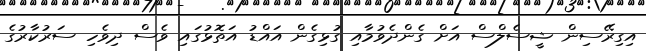
އިގިރޭސިން ޝީސެލްސް އަށް ގެންދެވުމާއި ގުޅިގެން އައްޑު އަތޮޅުގައި ވެސް ދިވެހި ސަރުކާރުގެ